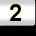
Digit: 2